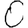
Digit: 0